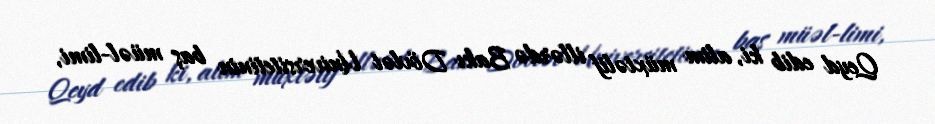
Qeyd edib ki, alim müxtəlif illərdə Bakı Dövlət Universitetinin baş müəl­limi,